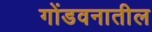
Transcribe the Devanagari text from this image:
गोंडवनातील